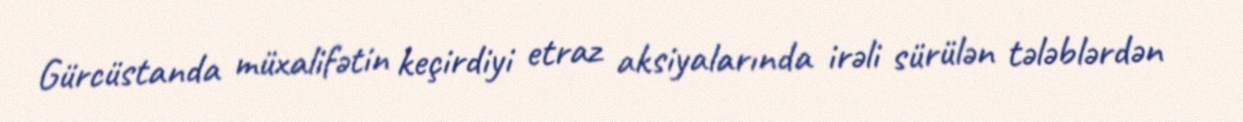
Gürcüstanda müxalifətin keçirdiyi etraz aksiyalarında irəli sürülən tələblərdən